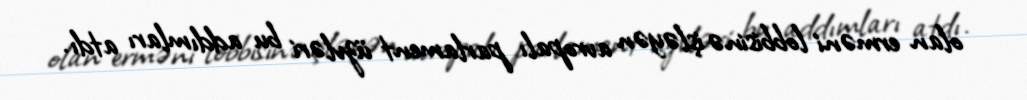
olan erməni lobbisinə işləyən avropalı parlament üzvləri bu addımları atdı.